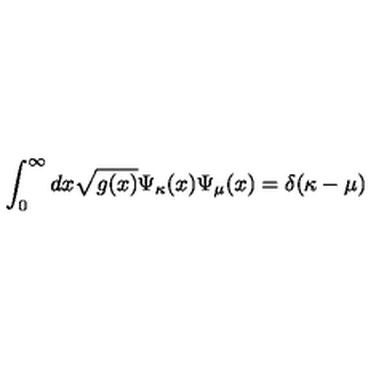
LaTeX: \int _ { 0 } ^ { \infty } d x \sqrt { g ( x ) } \Psi _ { \kappa } ( x ) \Psi _ { \mu } ( x ) = \delta ( \kappa - \mu )